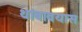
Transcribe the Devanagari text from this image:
थांबावयास